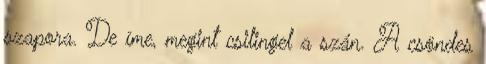
szapora. De íme, megint csilingel a szán. A csöndes